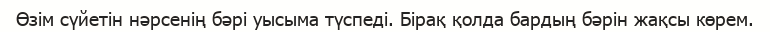
Өзім сүйетін нәрсенің бәрі уысыма түспеді. Бірақ қолда бардың бәрін жақсы көрем.